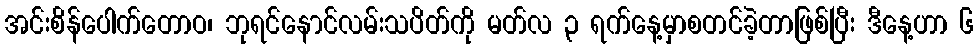
အင်းစိန်ပေါက်တောဝ၊ ဘုရင်နောင်လမ်းသပိတ်ကို မတ်လ ၃ ရက်နေ့မှာစတင်ခဲ့တာဖြစ်ပြီး ဒီနေ့ဟာ ၆